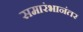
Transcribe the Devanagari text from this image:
समारंभानंतर